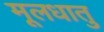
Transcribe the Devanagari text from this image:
मूलधातु